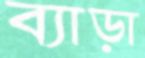
ব্যাড়া